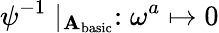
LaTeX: \psi^{-1}\mid_{\mathbf{A}_{\mathrm{{basic}}}}:\omega^{a}\mapsto0